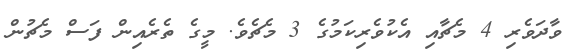
ވާދަވެރި 4 މެޗާއި އެކުވެރިކަމުގެ 3 މެޗެވެ. މީގެ ތެރެއިން ފަސް މެޗުން